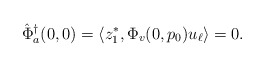
\begin{align*}\hat\Phi^\dagger_a(0,0) &= \langle z_1^*, \Phi_v(0,p_0)u_\ell\rangle = 0.\end{align*}